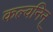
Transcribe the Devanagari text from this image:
कल्वनिन्